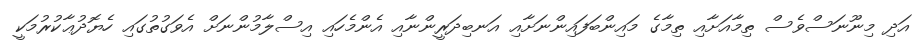
އަދި މިނޫނަސްވެސް ތިމާއަށާއި ތިމާގެ މައިންބަފައިންނަށާއި އަނބިދަރީންނާއި އެންމެހައި އިސްލާމުންނަށް އެވަގުތުގައި ހެޔޮދުޢާކުރުމަކީ